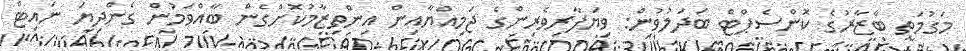
މަގުމަތީ ބާޒާރުގެ ކޮންސެޕްޓް ބަދަލުވުން: ވިޔަފާރިވެރިންގެ ޖަމިއްޔާއިން އިންތިޒާމުކޮށްގެން ބާއްވަމުން ގެންދިޔަ ނައިޓް